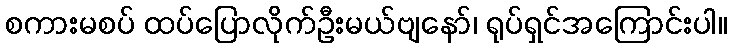
စကားမစပ် ထပ်ပြောလိုက်ဦးမယ်ဗျနော်၊ ရုပ်ရှင်အကြောင်းပါ။